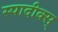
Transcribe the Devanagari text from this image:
स्पादीक्स्